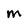
Character: M